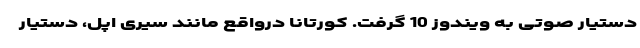
دستیار صوتی به ویندوز 10 گرفت. کورتانا درواقع مانند سیری اپل، دستیار